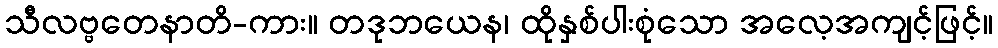
သီလဗ္ဗတေနာတိ-ကား။ တဒုဘယေန၊ ထိုနှစ်ပါးစုံသော အလေ့အကျင့်ဖြင့်။